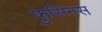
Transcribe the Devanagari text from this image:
फुसिनस